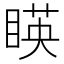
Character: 䁐